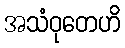
အသံဝုတေဟိ